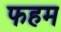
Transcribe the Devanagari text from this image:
फहम